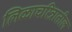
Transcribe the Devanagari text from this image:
लिळाचरित्रातील